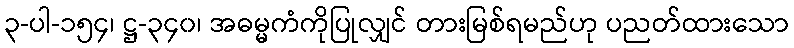
၃-ပါ-၁၅၄၊ ဋ္ဌ-၃၄၀၊ အဓမ္မကံကိုပြုလျှင် တားမြစ်ရမည်ဟု ပညတ်ထားသော